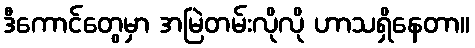
ဒီကောင်တွေမှာ အမြဲတမ်းလိုလို ဟာသရှိနေတာ။